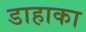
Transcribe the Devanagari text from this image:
डाहाका